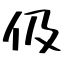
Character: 伋